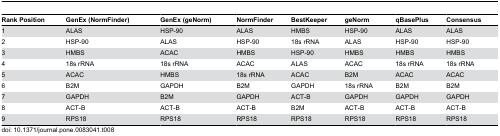
<table><thead><tr><td><b>Rank Position</b></td><td><b>GenEx (NormFinder)</b></td><td><b>GenEx (geNorm)</b></td><td><b>NormFinder</b></td><td><b>BestKeeper</b></td><td><b>geNorm</b></td><td><b>qBasePlus</b></td><td><b>Consensus</b></td></tr></thead><tbody><tr><td>1</td><td>ALAS</td><td>HSP-90</td><td>ALAS</td><td>HMBS</td><td>HSP-90</td><td>ALAS</td><td>ALAS</td></tr><tr><td>2</td><td>HSP-90</td><td>ALAS</td><td>HSP-90</td><td>18s rRNA</td><td>ALAS</td><td>HSP-90</td><td>HSP-90</td></tr><tr><td>3</td><td>HMBS</td><td>ACAC</td><td>HMBS</td><td>HSP-90</td><td>HMBS</td><td>HMBS</td><td>HMBS</td></tr><tr><td>4</td><td>18s rRNA</td><td>18s rRNA</td><td>ACAC</td><td>ALAS</td><td>ACAC</td><td>18s rRNA</td><td>18s rRNA</td></tr><tr><td>5</td><td>ACAC</td><td>HMBS</td><td>18s rRNA</td><td>ACAC</td><td>B2M</td><td>ACAC</td><td>ACAC</td></tr><tr><td>6</td><td>B2M</td><td>GAPDH</td><td>B2M</td><td>GAPDH</td><td>18s rRNA</td><td>B2M</td><td>B2M</td></tr><tr><td>7</td><td>GAPDH</td><td>B2M</td><td>GAPDH</td><td>ACT-B</td><td>GAPDH</td><td>GAPDH</td><td>GAPDH</td></tr><tr><td>8</td><td>ACT-B</td><td>ACT-B</td><td>ACT-B</td><td>B2M</td><td>ACT-B</td><td>ACT-B</td><td>ACT-B</td></tr><tr><td>9</td><td>RPS18</td><td>RPS18</td><td>RPS18</td><td>RPS18</td><td>RPS18</td><td>RPS18</td><td>RPS18</td></tr></tbody></table>